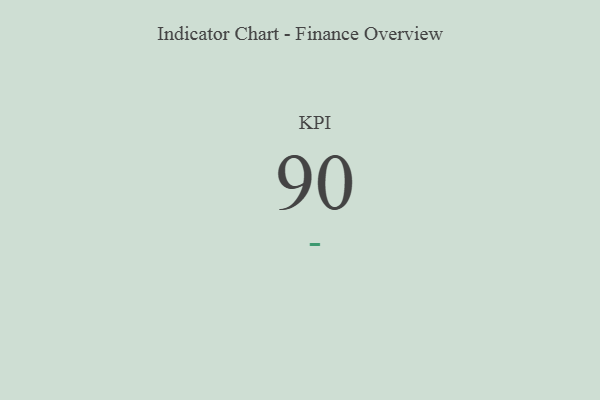
{"axis": {"x": "KPI", "y": "Value"}, "legend": [""], "data": [{"x": "KPI", "y": 90, "type": ""}]}